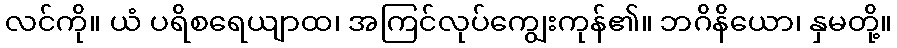
လင်ကို။ ယံ ပရိစရေယျာထ၊ အကြင်လုပ်ကျွေးကုန်၏။ ဘဂိနိယော၊ နှမတို့။